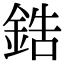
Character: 鋯